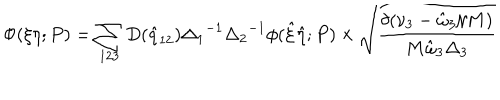
LaTeX: \Phi ( \xi \eta ; P ) = \sum _ { 1 2 3 } D ( { \hat { q } } _ { 1 2 } ) { \Delta _ { 1 } } ^ { - 1 } { \Delta _ { 2 } } ^ { - 1 } \phi ( { \hat { \xi } } { \hat { \eta } } ; P ) \times \sqrt { \frac { \delta ( \nu _ { 3 } - { \hat { \omega } } _ { 3 } / M ) } { M { \hat { \omega } } _ { 3 } { \Delta } _ { 3 } } }